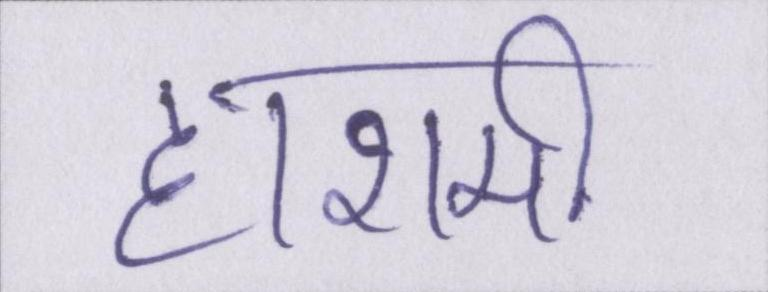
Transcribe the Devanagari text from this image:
हाशमी